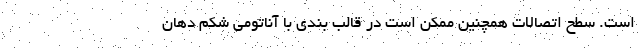
است. سطح اتصالات همچنین ممکن است در قالب بندی با آناتومی شکم دهان